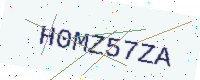
Text: H0MZ57ZA